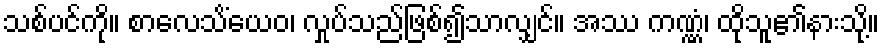
သစ်ပင်ကို။ စာလေသိံယေဝ၊ လှုပ်သည်ဖြစ်၍သာလျှင်။ အဿ ကဏ္ဏံ၊ ထိုသူ၏နားသို့။